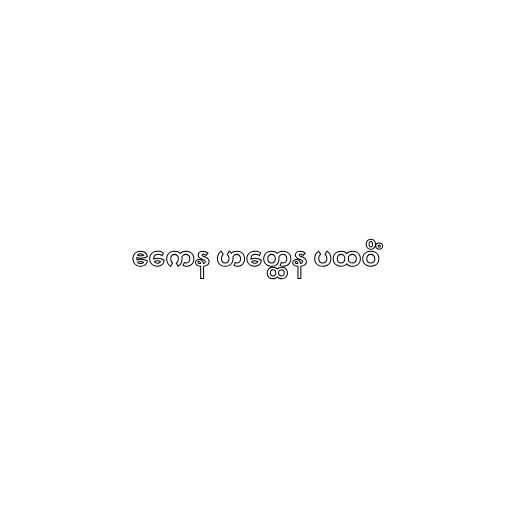
ဧကေန ဟတ္ထေန ပထဝိံ